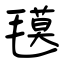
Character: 氁